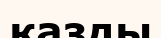
қазды